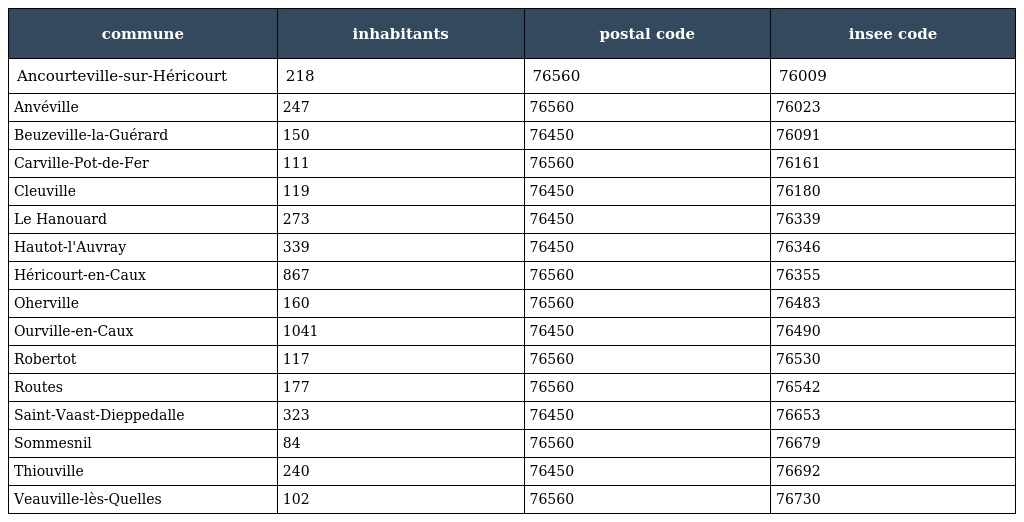
| commune | inhabitants | postal code | insee code |
 | --- | --- | --- | --- |
 | Ancourteville-sur-Héricourt | 218 | 76560 | 76009 |
 | Anvéville | 247 | 76560 | 76023 |
 | Beuzeville-la-Guérard | 150 | 76450 | 76091 |
 | Carville-Pot-de-Fer | 111 | 76560 | 76161 |
 | Cleuville | 119 | 76450 | 76180 |
 | Le Hanouard | 273 | 76450 | 76339 |
 | Hautot-l'Auvray | 339 | 76450 | 76346 |
 | Héricourt-en-Caux | 867 | 76560 | 76355 |
 | Oherville | 160 | 76560 | 76483 |
 | Ourville-en-Caux | 1041 | 76450 | 76490 |
 | Robertot | 117 | 76560 | 76530 |
 | Routes | 177 | 76560 | 76542 |
 | Saint-Vaast-Dieppedalle | 323 | 76450 | 76653 |
 | Sommesnil | 84 | 76560 | 76679 |
 | Thiouville | 240 | 76450 | 76692 |
 | Veauville-lès-Quelles | 102 | 76560 | 76730 |